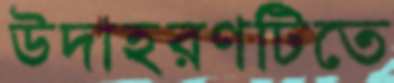
উদাহরণটিতে